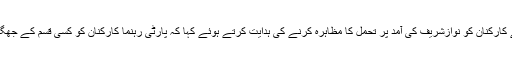
اجلاس میں عمران خان نے کارکنان کو نوازشریف کی آمد پر تحمل کا مظاہرہ کرنے کی ہدایت کرتے ہوئے کہا کہ پارٹی رہنما کارکنان کو کسی قسم کے جھگڑے کا حصہ نہ بننے دیں۔